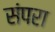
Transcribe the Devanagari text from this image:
संपरा